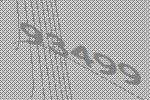
93499